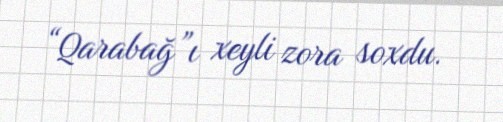
“Qarabağ”ı xeyli zora soxdu.